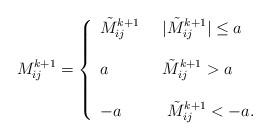
LaTeX: \begin{align*} M^{k+1}_{ij} = \left\{ \begin{array}{lll} \tilde M^{k+1}_{ij}& \;\;\vert \tilde M^{k+1}_{ij}\vert\leq a \\ \\ a & \; \;\tilde M^{k+1}_{ij}> a \\\\ -a &\;\;\; \tilde M^{k+1}_{ij}< -a. \end{array} \right. \end{align*}